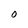
Character: O